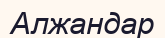
Алжандар